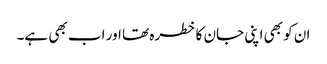
ان کو بھی اپنی جان کا خطرہ تھا اور اب بھی ہے۔